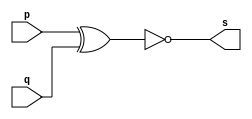
// --------------------- 
// Exercicio0003 - xnor 
// Nome: Filipe Viana de Miranda 
// --------------------- 
// --------------------- 
// -- xnor gate 
// --------------------- 
module xnorgate (output s,input  p,input  q); 
assign s = (~( p ^ q)); 
endmodule // xnor 
// --------------------- 
// -- test xnorgate 
// --------------------- 
module testxnorgate; 
// ------------------------- dados locais 
reg  a,b; // definir registrador 
wire s; // definir conexao (fio) 
// ------------------------- instancia 
xnorgate XNOR1 (s, a, b); 
// ------------------------- preparacao 
initial begin:start 
a=0; b=0;  
end 
// ------------------------- parte principal 
initial begin:main 
$display("Exercicio0003 - Filipe Viana de Miranda - 446415"); 
$display("Test xnor gate"); 
$display("\n (~(a^b) = s\n"); 
$monitor("%b (~(a^b) %b = %b", a, b, s); 
#1 a=0; b=0; 
#1 a=0; b=1; 
#1 a=1; b=0; 
#1 a=1; b=1;  
end 
endmodule // testxorgate